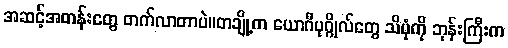
အဆင့်အတန်းတွေ တက်လာတာပဲ။တချို့က ယောဂီပုဂ္ဂိုလ်တွေ သိပုံကို ဘုန်းကြီးက